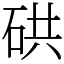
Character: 硔